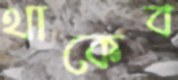
থাকেব